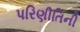
પરિણીતિની